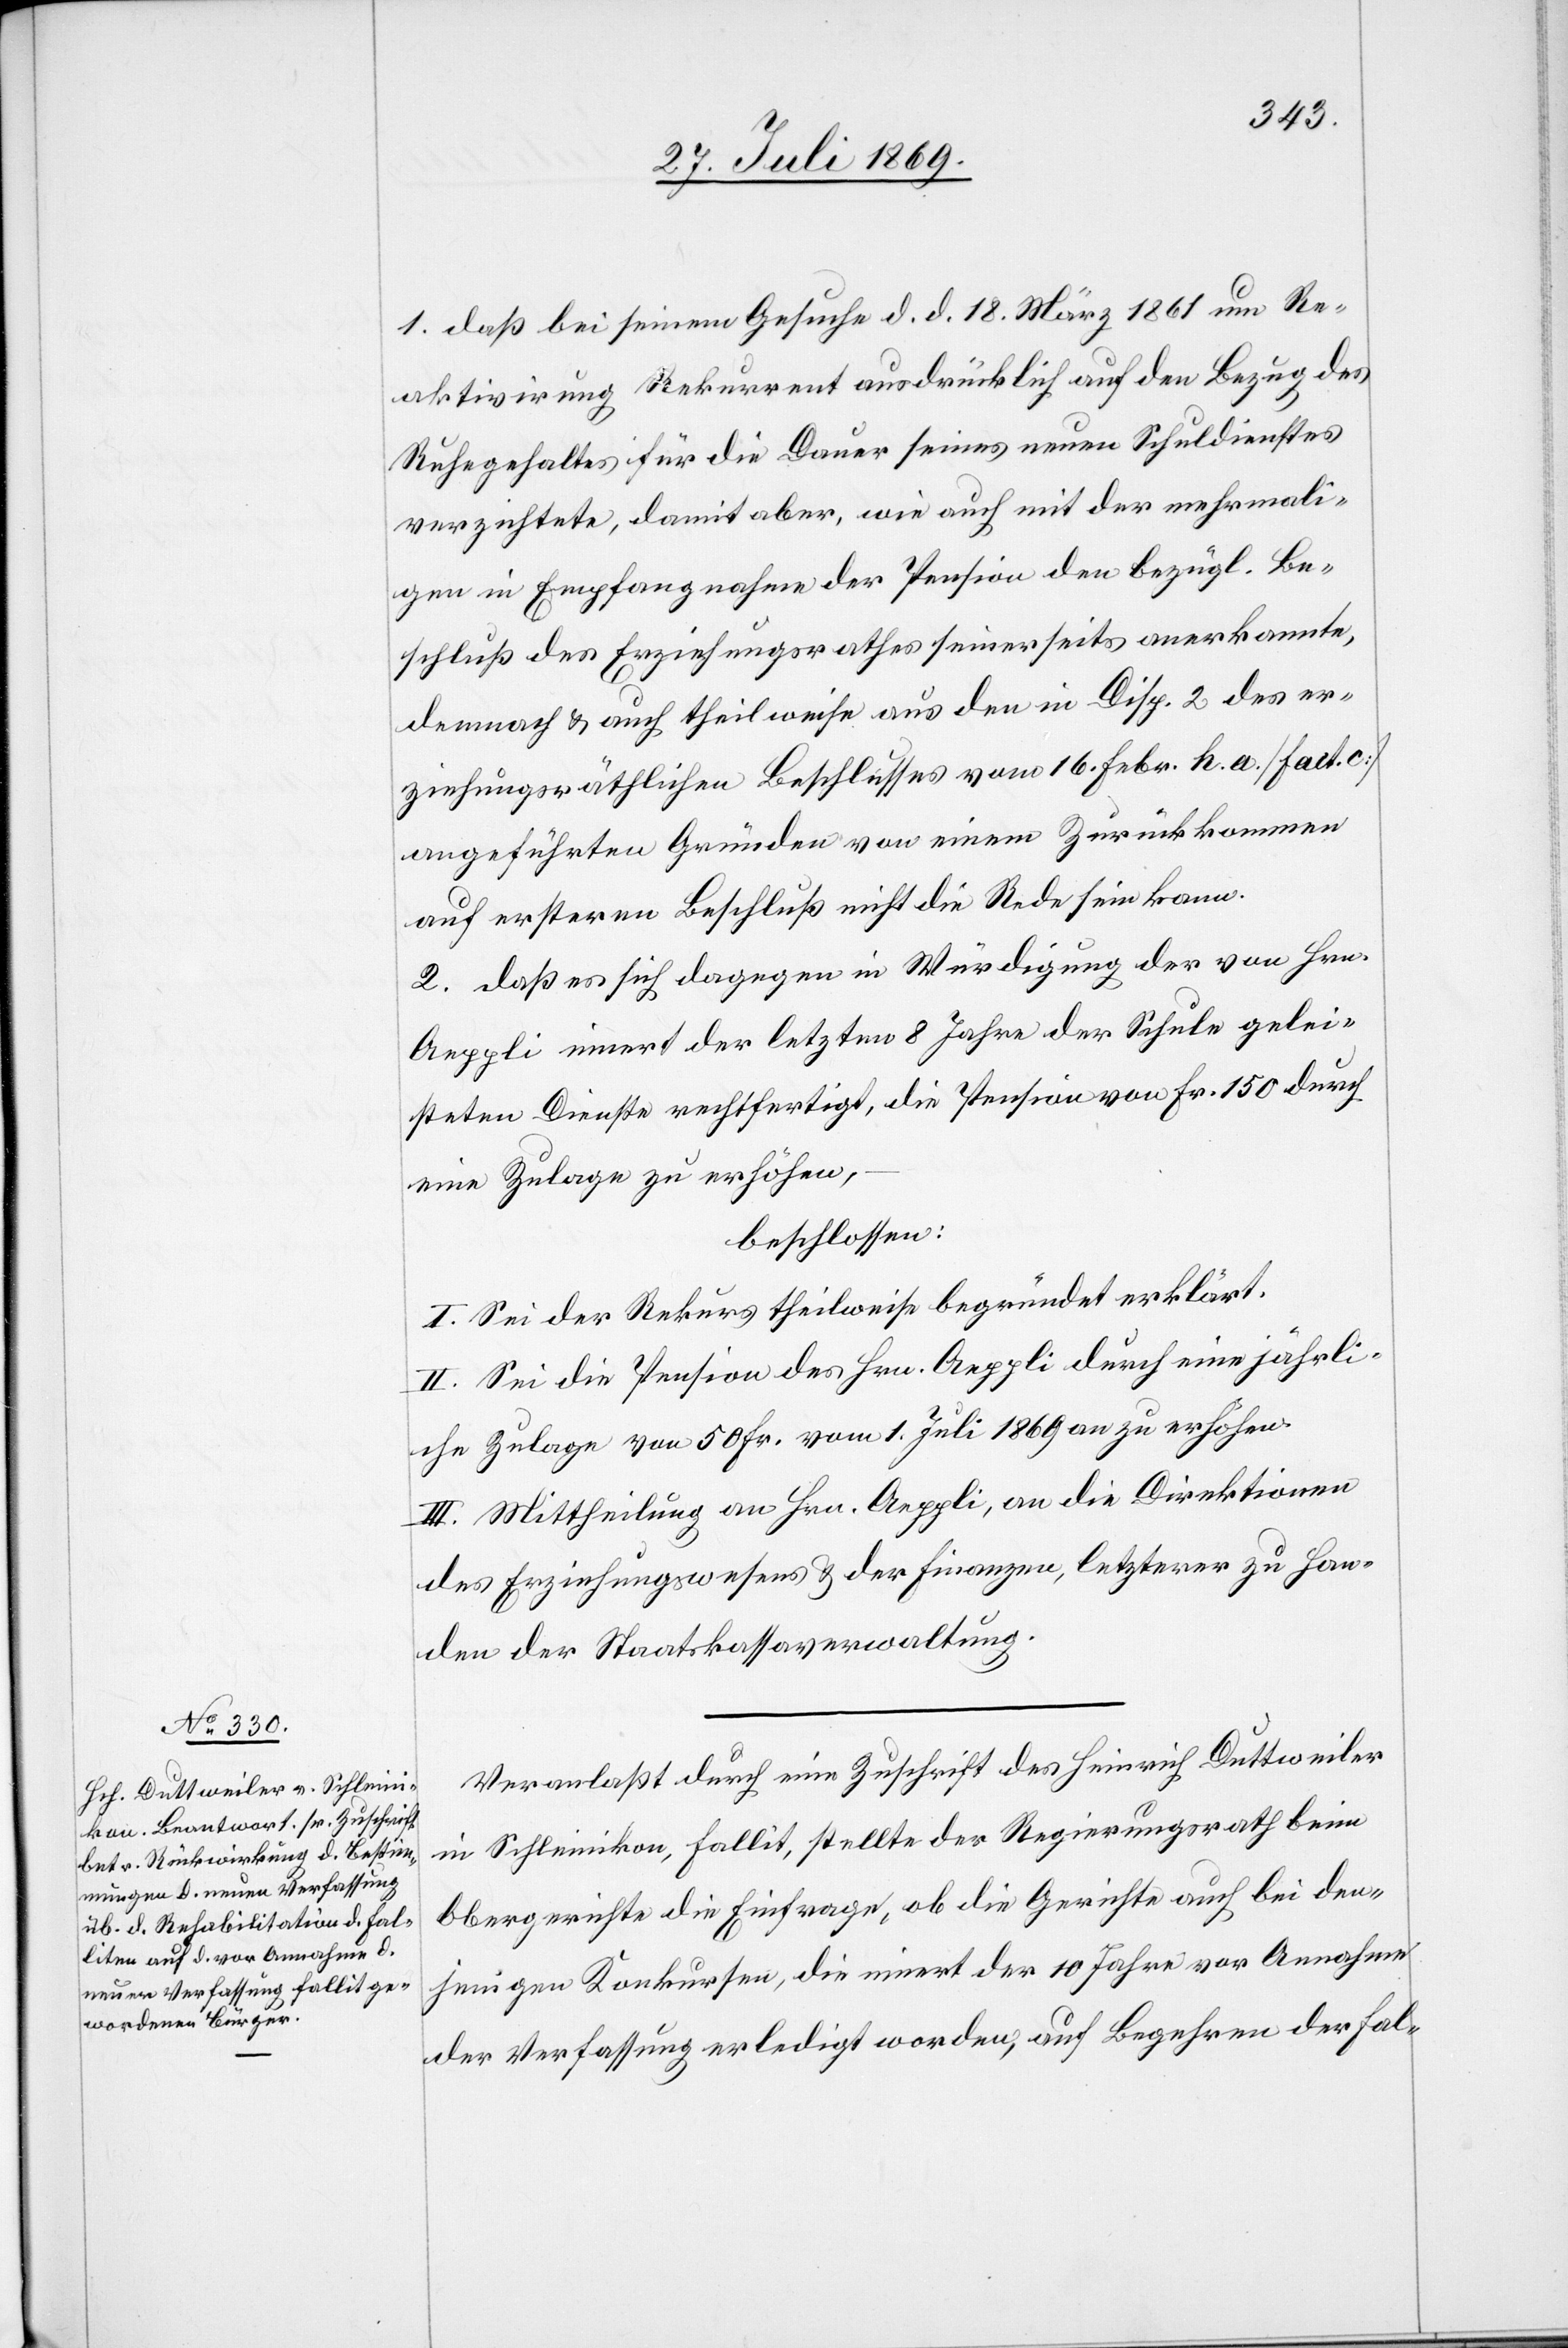
1. daß bei seinem Gesuche d. d. 18. März 1861 um Re¬
aktivirung Rekurrent ausdrücklich auf den Bezug des
Ruhegehaltes für die Dauer seines neuen Schuldienstes
verzichtete, damit aber, wie auch mit der mehrmali¬
gen in Empfangnahme der Pension den bezügl. Be¬
schluß des Erziehungsrathes seinerseits anerkannte,
dennoch u. auch theilweise aus den in Disp. 2 des er¬
ziehungsräthlichen Beschlusses vom 16. Febr. h. a. [Fact. c]
angeführten Gründen von einem Zurückkommen
auf erstern Beschluß nicht die Rede sein kann.
2. daß es sich dagegen in Würdigung der von Hrn.
Aeppli innert der letzten 8 Jahre der Schule gelei¬
steten Dienste rechtfertigt, die Pension von Fr. 150 durch
eine Zulage zu erhöhen,
beschlossen:
I. Sei der Rekurs theilweise begründet erklärt.
II. Sei die Pension des Hrn. Aeppli durch eine jährli¬
che Zulage von 50 Fr. vom 1. Juli 1869 an zu erhöhen.
III. Mittheilung an Hrn. Aeppli, an die Direktionen
des Erziehungswesens u. der Finanzen, letzterer zu Han¬
den der Staatskassaverwaltung.
Veranlaßt durch eine Zuschrift des Heinrich Duttweiler
in Schleinikon, fallit, stellte der Regierungsrath beim
Obergerichte die Einfrage, ob die Gerichte auch bei den¬
jenigen Konkursen, die innert der 10 Jahre vor Annahme
der Verfassung erledigt worden, auf Begehren der Fal-